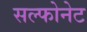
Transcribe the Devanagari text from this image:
सल्फोनेट